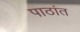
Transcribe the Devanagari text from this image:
पाठांत